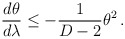
\begin{align*}\frac{d\theta}{d\lambda} \leq -\frac{1}{D-2} \theta^2\, .\end{align*}